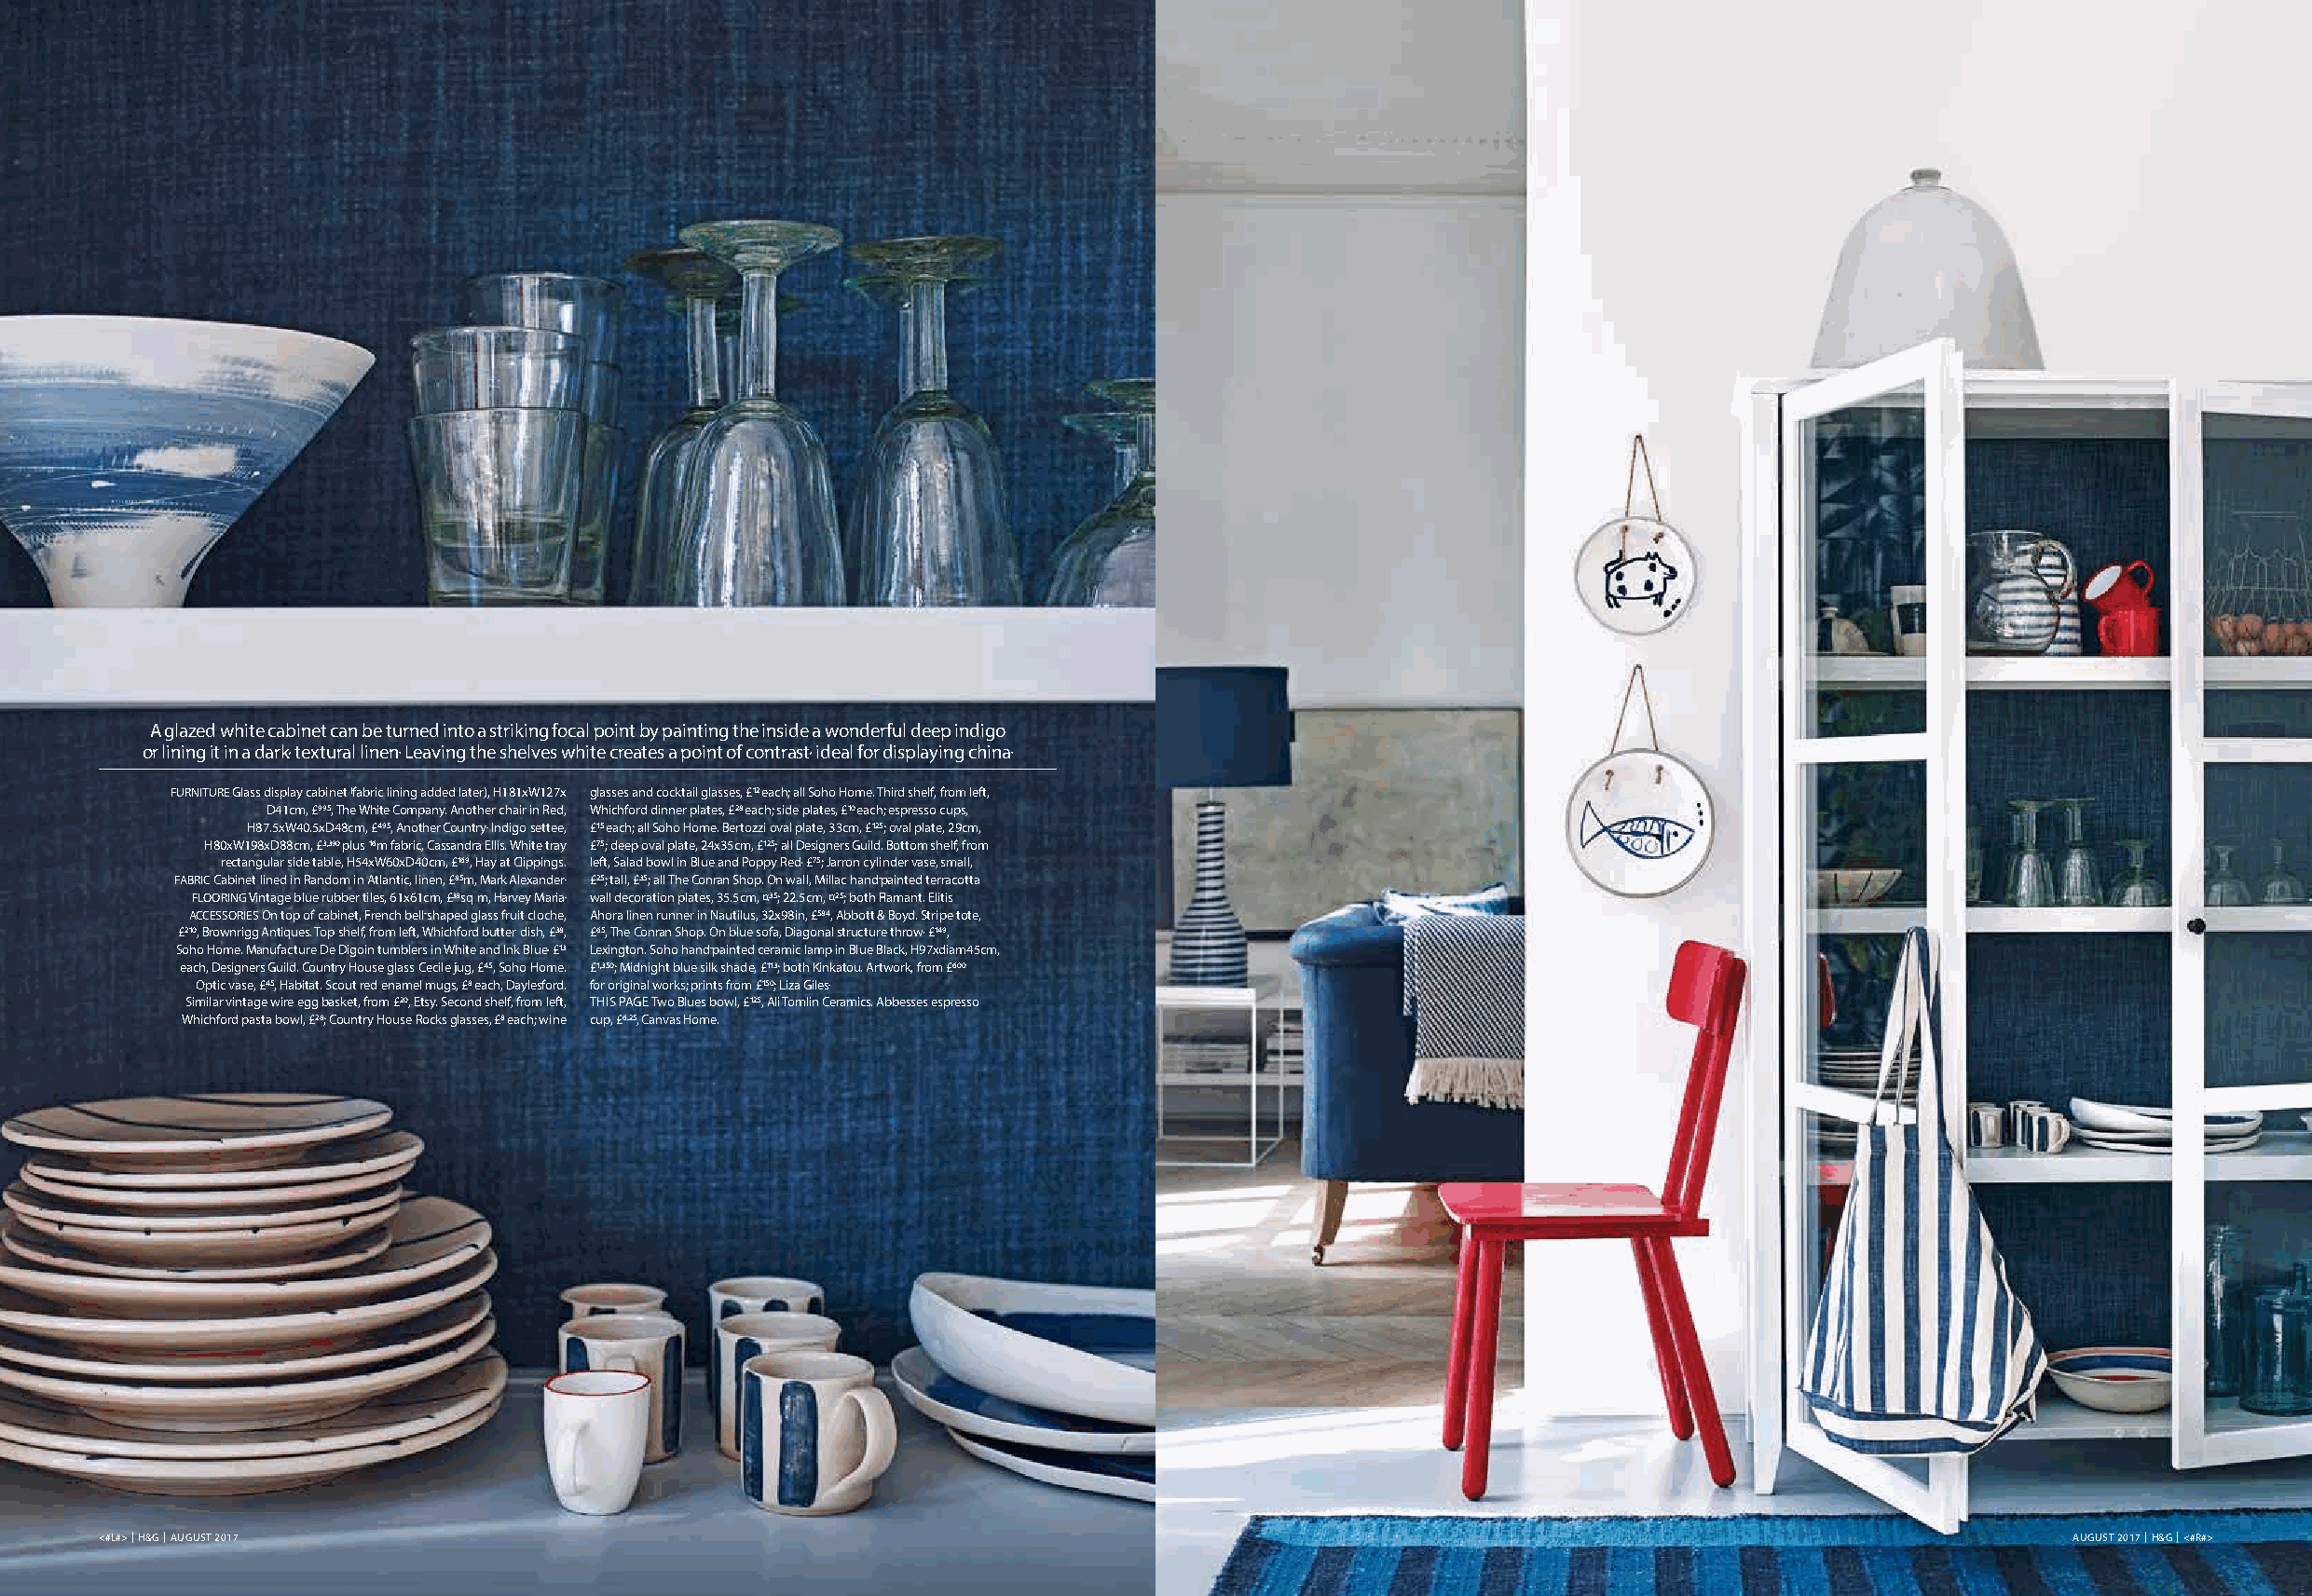
A glazed white cabinet can be turned into a striking focal point by painting the inside a wonderful deep indigo
 or lining it in a dark, textural linen. Leaving the shelves white creates a point of contrast, ideal for displaying china.
 FURNITURE Glass display cabinet (fabric lining added later), H181xW127x glasses and cocktail glasses, £12 each; all Soho Home. Third shelf, from left,
 D41cm, £995, The White Company. Another chair in Red, Whichford dinner plates, £28 each; side plates, £10 each; espresso cups,
 H87.5xW40.5xD48cm, £495, Another Country. Indigo settee, £15 each; all Soho Home. Bertozzi oval plate, 33cm, £125; oval plate, 29cm,
 H80xW198xD88cm, £3,390 plus 16m fabric, Cassandra Ellis. White tray £75; deep oval plate, 24x35cm, £125; all Designers Guild. Bottom shelf, from
 rectangular side table, H54xW60xD40cm, £169, Hay at Clippings. left, Salad bowl in Blue and Poppy Red, £75; Jarron cylinder vase, small,
 FABRIC Cabinet lined in Random in Atlantic, linen, £85m, Mark Alexander. £25; tall, £35; all The Conran Shop. On wall, Millac hand-painted terracotta
 FLOORING Vintage blue rubber tiles, 61x61cm, £38sq m, Harvey Maria. wall decoration plates, 35.5cm, ¤35; 22.5cm, ¤25; both Flamant. Elitis
 ACCESSORIES On top of cabinet, French bell-shaped glass fruit cloche, Ahora linen runner in Nautilus, 32x98in, £584, Abbott & Boyd. Stripe tote,
 £210, Brownrigg Antiques. Top shelf, from left, Whichford butter dish, £38, £65, The Conran Shop. On blue sofa, Diagonal structure throw, £149,
 Soho Home. Manufacture De Digoin tumblers in White and Ink Blue, £13 Lexington. Soho hand-painted ceramic lamp in Blue Black, H97xdiam45cm,
 each, Designers Guild. Country House glass Cecile jug, £45, Soho Home. £1,350; Midnight blue silk shade, £113; both Kinkatou. Artwork, from £600
 Optic vase, £45, Habitat. Scout red enamel mugs, £8 each, Daylesford. for original works; prints from £150; Liza Giles.
 Similar vintage wire egg basket, from £20, Etsy. Second shelf, from left, THIS PAGE Two Blues bowl, £125, Ali Tomlin Ceramics. Abbesses espresso
 Whichford pasta bowl, £28; Country House Rocks glasses, £8 each; wine cup, £6.25, Canvas Home.
 <#L#> | H&G | AUGUST 2017                                                                                                                   AUGUST 2017 | H&G | <#R#>